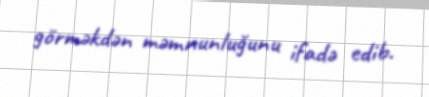
görməkdən məmnunluğunu ifadə edib.